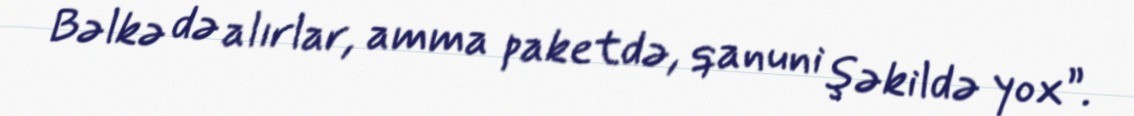
Bəlkə də alırlar, amma paketdə, qanuni şəkildə yox”.